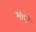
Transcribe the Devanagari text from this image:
मोघें